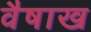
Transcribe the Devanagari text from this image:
वैषाख